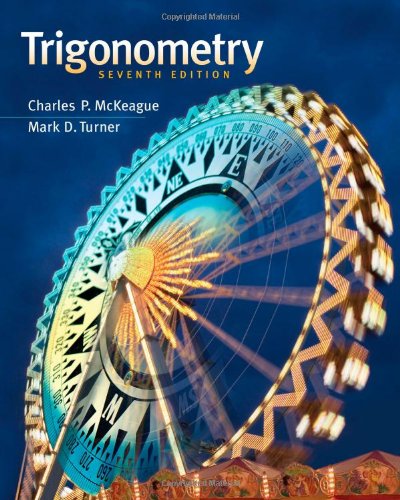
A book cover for Trigonometry; Charles P. McKeague; Science & Math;